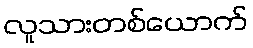
လူသားတစ်ယောက်